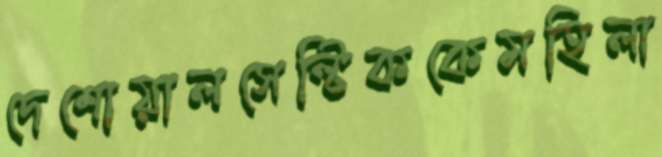
দেশোয়ালসেল্টিককেমহিলা